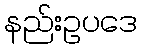
နည်းဥပဒေ